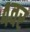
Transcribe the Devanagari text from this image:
४वर